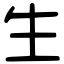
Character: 生